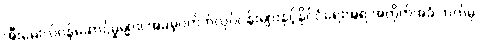
အီးမေးလ်ဝန်ဆောင်မှုများ၊ အခမဲ့ဝက်ဘ်လုပ်ငန်းများနှင့်နိုင်ငံရေးအရ အတိုက်အခံ ဘက်မှ